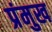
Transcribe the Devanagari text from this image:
प्रंमुख